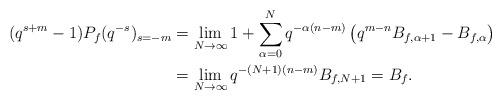
LaTeX: \begin{align*} (q^{s+m}-1) P_f(q^{-s})_{s=-m} &= \lim_{N\rightarrow \infty } 1 + \sum_{\alpha = 0}^N q^{-\alpha(n-m)} \left( q^{m-n}B_{f,\alpha+1}- B_{f,\alpha}\right) \\&= \lim_{N \rightarrow \infty} q^{-(N+1)(n-m)}B_{f,N+1} = B_f.\end{align*}